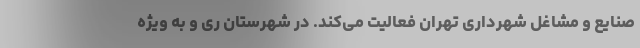
صنایع و مشاغل شهرداری تهران فعالیت می‌کند. در شهرستان ری و به ویژه